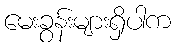
မေးခွန်းများရှိပါက